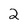
Character: 2